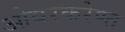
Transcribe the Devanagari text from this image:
ओवरकरेण्त